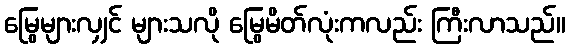
မြွေများလျှင် များသလို မြွေမိတ်လုံးကလည်း ကြီးလာသည်။